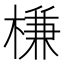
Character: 槏